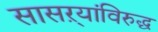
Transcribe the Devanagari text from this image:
सासऱ्यांविरुद्ध